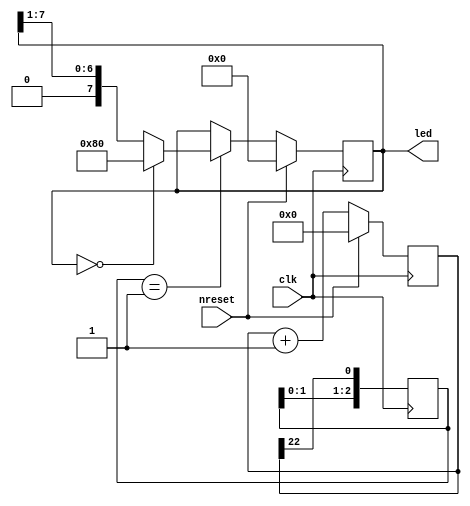
module test_led(
    input wire clk,
    input wire nreset,
    output wire [7:0] led
);

reg [31:0] accum=0;
reg [7:0] led_reg=0;
reg [2:0]  flag_clk=0;

always @(posedge clk) flag_clk<={flag_clk[1:0],accum[22]};

always @(posedge clk)
if (nreset) 
begin
  accum<=0;
led_reg<=0;
end else
begin

accum<=accum+1;


if (flag_clk==3'b001)
	begin 
		if (led_reg==8'h00) led_reg<=8'b10000000; 
			else led_reg<=led_reg>>1;
	end
end

assign led=led_reg;

endmodule